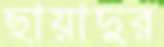
ছায়াদুর